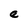
Character: e